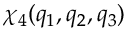
\chi _ { 4 } ( q _ { 1 } , q _ { 2 } , q _ { 3 } )